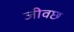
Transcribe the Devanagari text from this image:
जीवछ